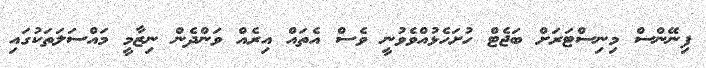
ފިނޭންސް މިނިސްޓަރަށް ބަޖެޓް ހުށަހެޅުއްވެވުނީ ވެސް އެތައް އިރެއް ވަންދެން ނިޒާމީ މައްސަލަތަކުގައި